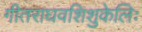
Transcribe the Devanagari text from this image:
गीतराघवशिशुकेलिः